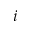
i